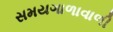
સમયગાળાવાળી